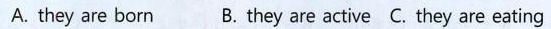
A. they are born B.they are active C. They are eating